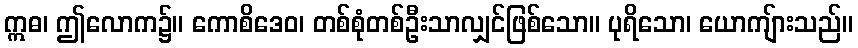
ဣဓ၊ ဤလောက၌။ ကောစိဒေဝ၊ တစ်စုံတစ်ဦးသာလျှင်ဖြစ်သော။ ပုရိသော၊ ယောကျ်ားသည်။